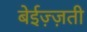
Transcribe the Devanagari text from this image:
बेईज़्ज़ती